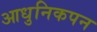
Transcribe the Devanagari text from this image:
आधुनिकपन